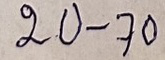
20 - 70